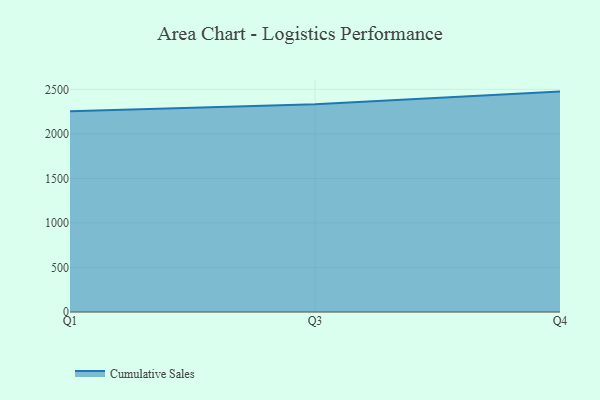
{"axis": {"x": "Quarter", "y": "Backlog"}, "legend": ["Cumulative Sales"], "data": [{"x": "Q1", "y": 2254.7, "type": "Cumulative Sales"}, {"x": "Q3", "y": 2332.0, "type": "Cumulative Sales"}, {"x": "Q4", "y": 2474.6, "type": "Cumulative Sales"}]}